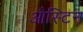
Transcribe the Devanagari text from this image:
औस्टिन